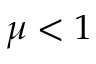
\mu < 1